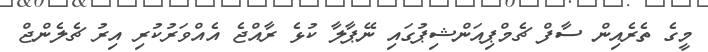
މީގެ ތެރެއިން ސާފް ޗެމްޕިއަންޝިޕުގައި ނޭޕާލާ ކުޅެ ރާއްޖެ އެއްވަރުކުރި އިރު ޗެލެންޖް